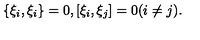
\{ \xi _ { i } , \xi _ { i } \} = 0 , [ \xi _ { i } , \xi _ { j } ] = 0 ( i \neq j ) .